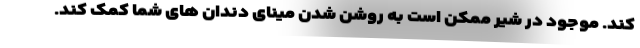
کند. موجود در شیر ممکن است به روشن شدن مینای دندان های شما کمک کند.